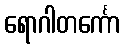
ရောဂါတင်္ကော